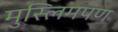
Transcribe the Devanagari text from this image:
मुस्लिमपण